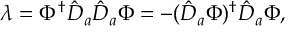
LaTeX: \lambda = \Phi ^ { \dag } \hat { D } _ { a } \hat { D } _ { a } \Phi = - ( \hat { D } _ { a } \Phi ) ^ { \dag } \hat { D } _ { a } \Phi ,